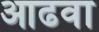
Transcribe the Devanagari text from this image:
आढवा